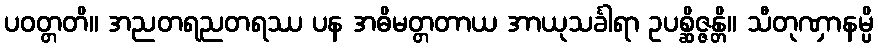
ပဝတ္တတိ။ အညတရညတရဿ ပန အဓိမတ္တတာယ အာယုသင်္ခါရာ ဥပစ္ဆိဇ္ဇန္တိ။ သီတုဏှာနမ္ပိ